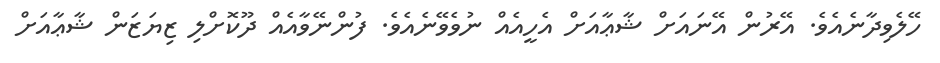
ހޭލެވިދާނެއެވެ. އޭރުން އޭނައަށް ޝާޢާއަށް އެހީއެއް ނުވެވޭނެއެވެ. ފުންނޭވާއެއް ދޫކޮށްލި ޒިޔަޒަން ޝާޢާއަށް